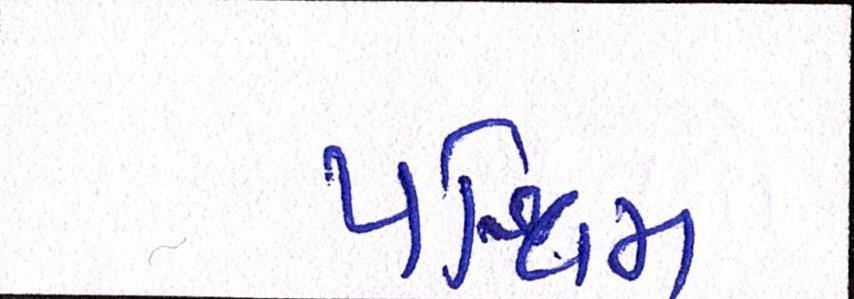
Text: પશ્ચિમી